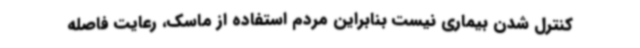
کنترل شدن بیماری نیست بنابراین مردم استفاده از ماسک، رعایت فاصله